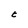
Character: t